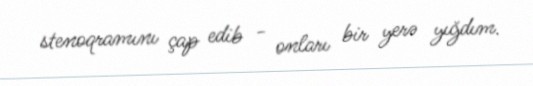
stenoqramını çap edib - onları bir yerə yığdım.